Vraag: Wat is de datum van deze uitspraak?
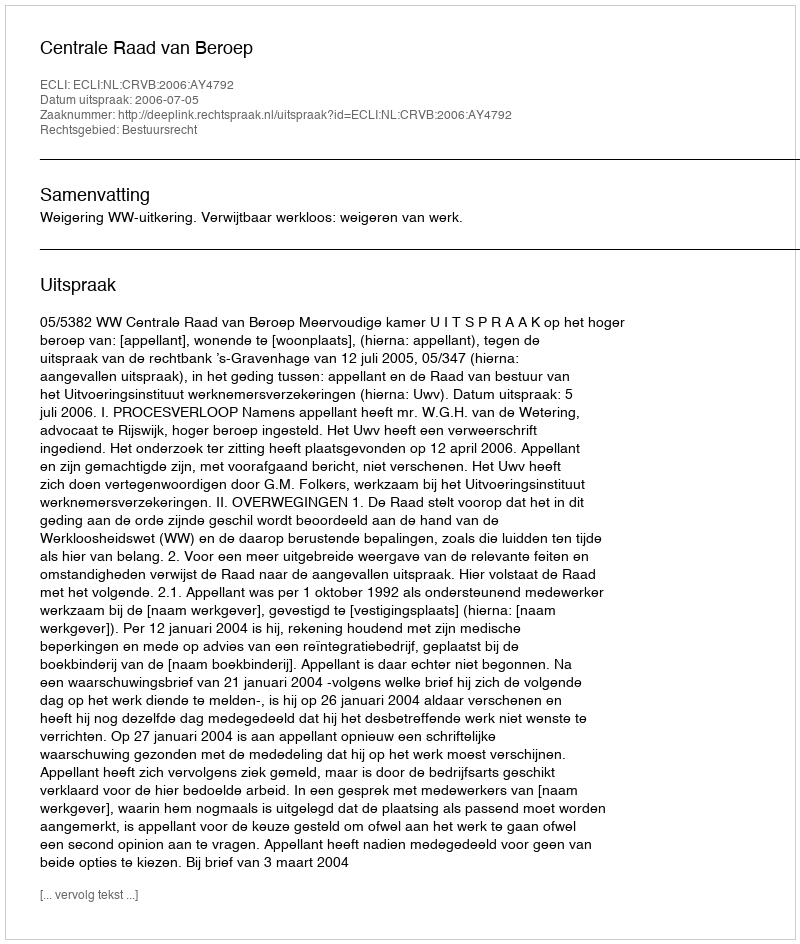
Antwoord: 2006-07-05